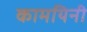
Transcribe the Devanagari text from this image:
कामयिनी